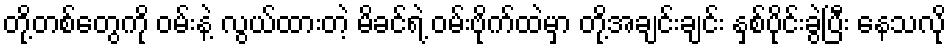
တို့တစ်တွေကို ဝမ်းနဲ့ လွယ်ထားတဲ့ မိခင်ရဲ့ ဝမ်းဗိုက်ထဲမှာ တို့အချင်းချင်း နှစ်ပိုင်းခွဲပြီး နေသလို